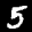
Label: 5